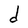
Character: d